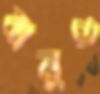
বানুও